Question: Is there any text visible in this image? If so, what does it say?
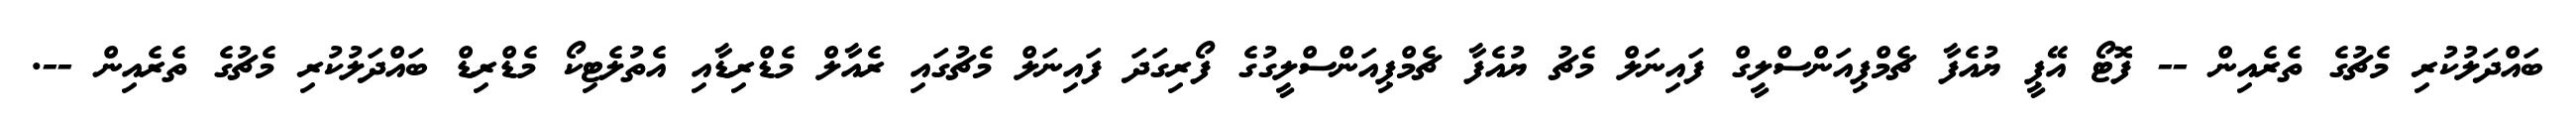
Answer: ބައްދަލުކުރި މެޗުގެ ތެރެއިން -- ފޮޓޯ އޭޕީ ޔުއެފާ ޗެމްޕިއަންސްލީގް ފައިނަލް މެޗު ޔުއެފާ ޗެމްޕިއަންސްލީގުގެ ފޯރިގަދަ ފައިނަލް މެޗުގައި ރެއާލް މެޑްރިޑާއި އެތުލެޓިކޯ މެޑްރިޑް ބައްދަލުކުރި މެޗުގެ ތެރެއިން --.